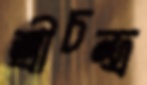
শ্রীচন্দ্র